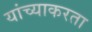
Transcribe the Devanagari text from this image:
यांच्याकरता